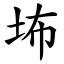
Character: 㘵